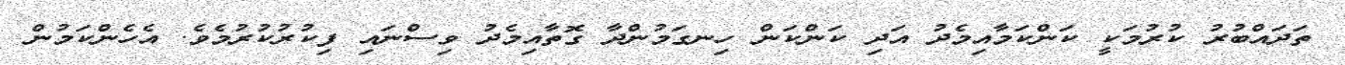
ތަދައްބުރު ކުރުމަކީ ކަންކަމާއިމެދު އަދި ކަންކަން ހިނގަމުންދާ ގޮތާއިމެދު ވިސްނައި ފިކުރުކުރުމެވެ. އެހެންކަމުން